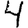
Digit: 4